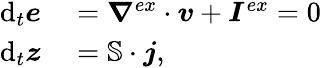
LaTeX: \begin{array}{rl}{\mathrm{d}_{t}\boldsymbol{e}}&{{}=\boldsymbol{\nabla}^{ex}\cdot\boldsymbol{v}+\boldsymbol{I}^{ex}=0}\\ {\mathrm{d}_{t}\boldsymbol{z}}&{{}=\mathbb{S}\cdot\boldsymbol{j},}\end{array}